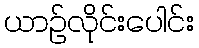
ယာဉ်လိုင်းပေါင်း